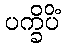
ပက္ခိပိံ